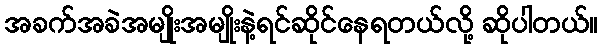
အခက်အခဲအမျိုးအမျိုးနဲ့ရင်ဆိုင်နေရတယ်လို့ ဆိုပါတယ်။